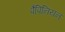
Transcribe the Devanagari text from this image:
पैपिनियन